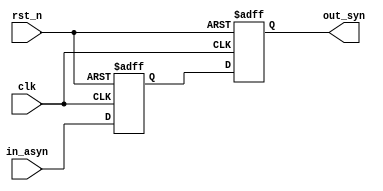
// Signal synchronizer
// Copyright (C) 2024  LiuBingxu

// This program is free software: you can redistribute it and/or modify
// it under the terms of the GNU General Public License as published by
// the Free Software Foundation, either version 3 of the License, or
// (at your option) any later version.

// This program is distributed in the hope that it will be useful,
// but WITHOUT ANY WARRANTY; without even the implied warranty of
// MERCHANTABILITY or FITNESS FOR A PARTICULAR PURPOSE.  See the
// GNU General Public License for more details.

// You should have received a copy of the GNU General Public License
// along with this program.  If not, see <https://www.gnu.org/licenses/>.

// Please contact me through the following email: <qwe15889844242@163.com>

module sync#(parameter DATA_LEN=1)(
    input                   clk,
    input                   rst_n,
    input  [DATA_LEN-1:0]   in_asyn,
    output [DATA_LEN-1:0]   out_syn
);

reg [DATA_LEN-1:0]  data_r;
reg [DATA_LEN-1:0]  data_rr;

always @(posedge clk or negedge rst_n) begin
    if(!rst_n)begin
        data_r  <= {DATA_LEN{1'b0}};
        data_rr <= {DATA_LEN{1'b0}};
    end
    else begin
        data_r  <= in_asyn;
        data_rr <= data_r;
    end
end

assign out_syn = data_rr;


endmodule //sync